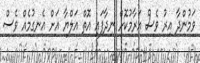
ވަމުންދާ އިރު ވެސް އަރާމުކޮށް ނިދާފައި އޮތް އަލްޔާ އަށް އެނގުމެއް ވެސް